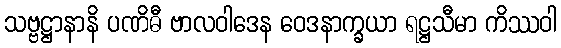
သဗ္ဗဋ္ဌာနာနိ ပဏိဓီ ဗာလဝါဒေန ဝေဒနာက္ခယာ ရဋ္ဌသီမာ ကိဿဝါ